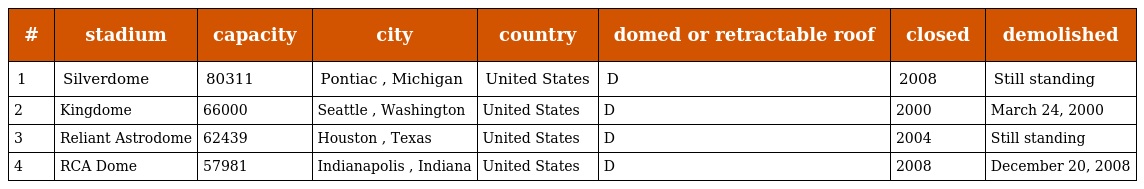
| # | stadium | capacity | city | country | domed or retractable roof | closed | demolished |
 | --- | --- | --- | --- | --- | --- | --- | --- |
 | 1 | Silverdome | 80311 | Pontiac , Michigan | United States | D | 2008 | Still standing |
 | 2 | Kingdome | 66000 | Seattle , Washington | United States | D | 2000 | March 24, 2000 |
 | 3 | Reliant Astrodome | 62439 | Houston , Texas | United States | D | 2004 | Still standing |
 | 4 | RCA Dome | 57981 | Indianapolis , Indiana | United States | D | 2008 | December 20, 2008 |